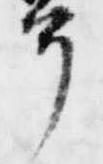
冠